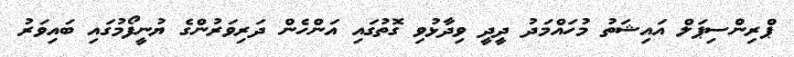
ޕްރިންސިޕަލް އައިޝަތު މުހައްމަދު ދީދީ ވިދާޅުވި ގޮތުގައި އަންހެން ދަރިވަރުންގެ ޔުނީފޯމުގައި ބައިވަރު